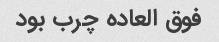
فوق العاده چرب بود